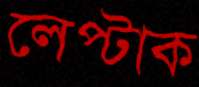
লেপ্‌টাক